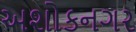
અશોકનગર